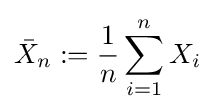
{\bar {X}}_{n}:={\frac {1}{n}}\sum _{i=1}^{n}X_{i}